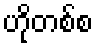
ဟိုတစ်စ